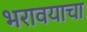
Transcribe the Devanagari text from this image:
भरावयाचा